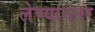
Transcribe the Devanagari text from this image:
लेण्यानंतर